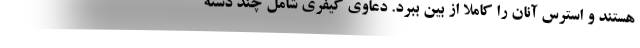
هستند و استرس آنان را کاملا از بین ببرد. دعاوی کیفری شامل چند دسته